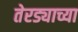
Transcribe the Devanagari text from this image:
तेरड्याच्या